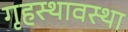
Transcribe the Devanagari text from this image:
गृहस्थावस्था